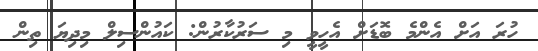
ހުރަ އަށް އެންމެ ބޮޑަށް އެހީވީ މި ސަރުކާރުން: ކައުންސިލް މިދިޔަ ތިން